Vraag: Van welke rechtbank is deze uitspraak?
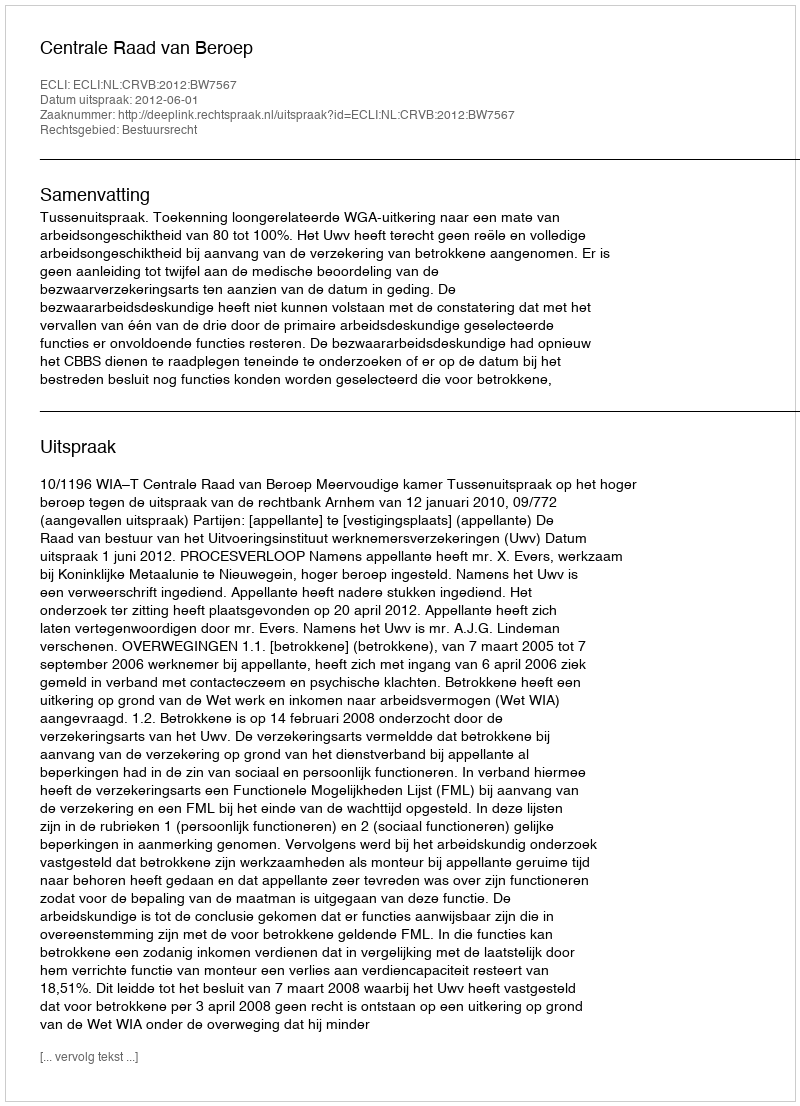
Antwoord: Centrale Raad van Beroep